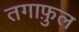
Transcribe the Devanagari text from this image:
तगाफ़ुल